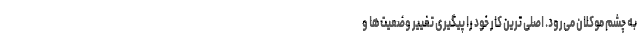
به چشم موکلان می‌رود. اصلی ترین کار خود را پیگیری تغییر وضعیت‌ها و